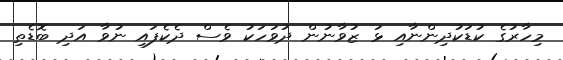
މިހާރުގެ ކުޑަކުދިންނާއި ޅަ ޒުވާނުން ދުވަހަކު ވެސް ދެކެފައި ނުވާ އަދި ބޮޑެތި